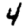
Digit: 4